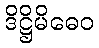
ဒိဋ္ဌိမိဓေဝ